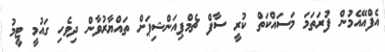
އެފްއޭއެމުން ފުރަތަމަ މަސައްކަތް ކުރީ ސާފް ޗެމްޕިއަންޝިޕަށް ތައްޔާރުވާން ދިވެހި ގައުމީ ޓީމު